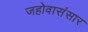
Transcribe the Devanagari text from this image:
जहोवासंसार